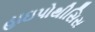
હાઇપોથીસિસ